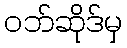
ဝဘ်ဆိုဒ်မှ